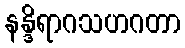
နန္ဒိရာဂသဟဂတာ